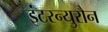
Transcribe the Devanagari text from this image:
इंटरन्युरौन